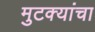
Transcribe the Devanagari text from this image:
मुटक्यांचा